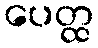
ပေတ္ထ